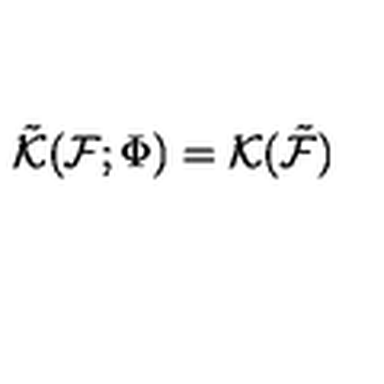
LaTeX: \tilde { { \cal K } } ( { \cal F } ; \Phi ) = { \cal K } ( \tilde { { \cal F } } )